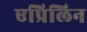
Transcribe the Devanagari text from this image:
एप्रिलिन